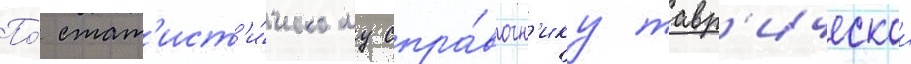
По́ стат'ист'и́ческому спра́вочн'ику тавр'ическои